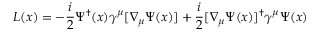
L ( x ) = - { \frac { i } { 2 } } \Psi ^ { \dagger } ( x ) \gamma ^ { \mu } [ \nabla _ { \mu } \Psi ( x ) ] + { \frac { i } { 2 } } [ \nabla _ { \mu } \Psi ( x ) ] ^ { \dagger } \gamma ^ { \mu } \Psi ( x )